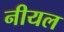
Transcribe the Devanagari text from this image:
नीयल